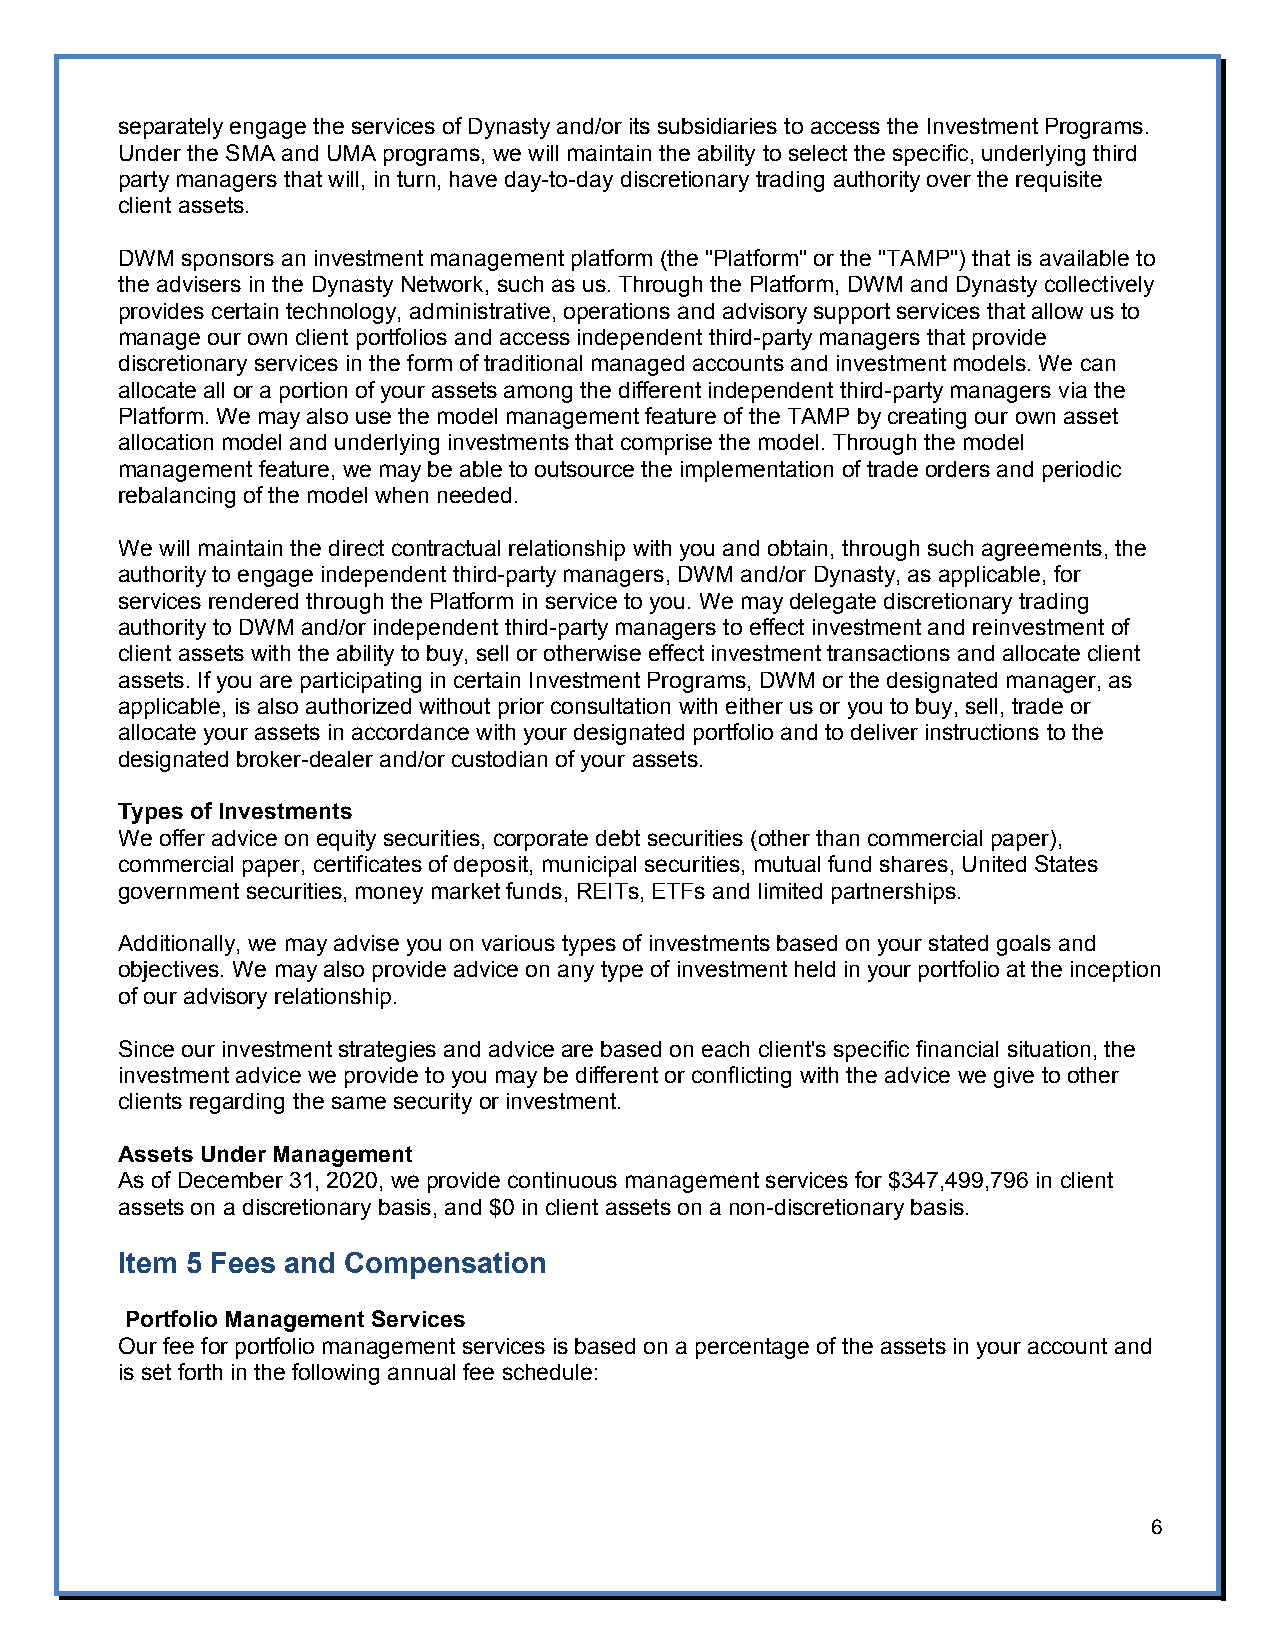
separately engage the services of Dynasty and/or its subsidiaries to access the Investment Programs.
 Under the SMA and UMA programs, we will maintain the ability to select the specific, underlying third
 party managers that will, in turn, have day-to-day discretionary trading authority over the requisite
 client assets.
 DWM sponsors an investment management platform (the "Platform" or the "TAMP") that is available to
 the advisers in the Dynasty Network, such as us. Through the Platform, DWM and Dynasty collectively
 provides certain technology, administrative, operations and advisory support services that allow us to
 manage our own client portfolios and access independent third-party managers that provide
 discretionary services in the form of traditional managed accounts and investment models. We can
 allocate all or a portion of your assets among the different independent third-party managers via the
 Platform. We may also use the model management feature of the TAMP by creating our own asset
 allocation model and underlying investments that comprise the model. Through the model
 management feature, we may be able to outsource the implementation of trade orders and periodic
 rebalancing of the model when needed.
 We will maintain the direct contractual relationship with you and obtain, through such agreements, the
 authority to engage independent third-party managers, DWM and/or Dynasty, as applicable, for
 services rendered through the Platform in service to you. We may delegate discretionary trading
 authority to DWM and/or independent third-party managers to effect investment and reinvestment of
 client assets with the ability to buy, sell or otherwise effect investment transactions and allocate client
 assets. If you are participating in certain Investment Programs, DWM or the designated manager, as
 applicable, is also authorized without prior consultation with either us or you to buy, sell, trade or
 allocate your assets in accordance with your designated portfolio and to deliver instructions to the
 designated broker-dealer and/or custodian of your assets.
 Types of Investments
 We offer advice on equity securities, corporate debt securities (other than commercial paper),
 commercial paper, certificates of deposit, municipal securities, mutual fund shares, United States
 government securities, money market funds, REITs, ETFs and limited partnerships.
 Additionally, we may advise you on various types of investments based on your stated goals and
 objectives. We may also provide advice on any type of investment held in your portfolio at the inception
 of our advisory relationship.
 Since our investment strategies and advice are based on each client's specific financial situation, the
 investment advice we provide to you may be different or conflicting with the advice we give to other
 clients regarding the same security or investment.
 Assets Under Management
 As of December 31, 2020, we provide continuous management services for $347,499,796 in client
 assets on a discretionary basis, and $0 in client assets on a non-discretionary basis.
 Item 5 Fees and Compensation
 Portfolio Management Services
 Our fee for portfolio management services is based on a percentage of the assets in your account and
 is set forth in the following annual fee schedule:
 6